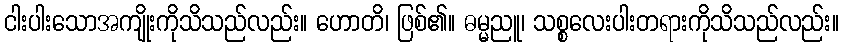
ငါးပါးသောအကျိုးကိုသိသည်လည်း။ ဟောတိ၊ ဖြစ်၏။ ဓမ္မညူ၊ သစ္စလေးပါးတရားကိုသိသည်လည်း။